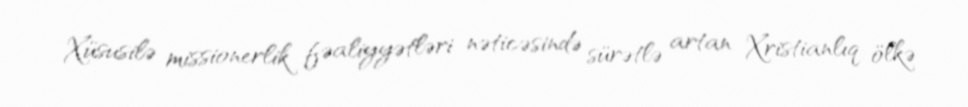
Xüsusilə missionerlik fəaliyyətləri nəticəsində sürətlə artan Xristianlıq ölkə